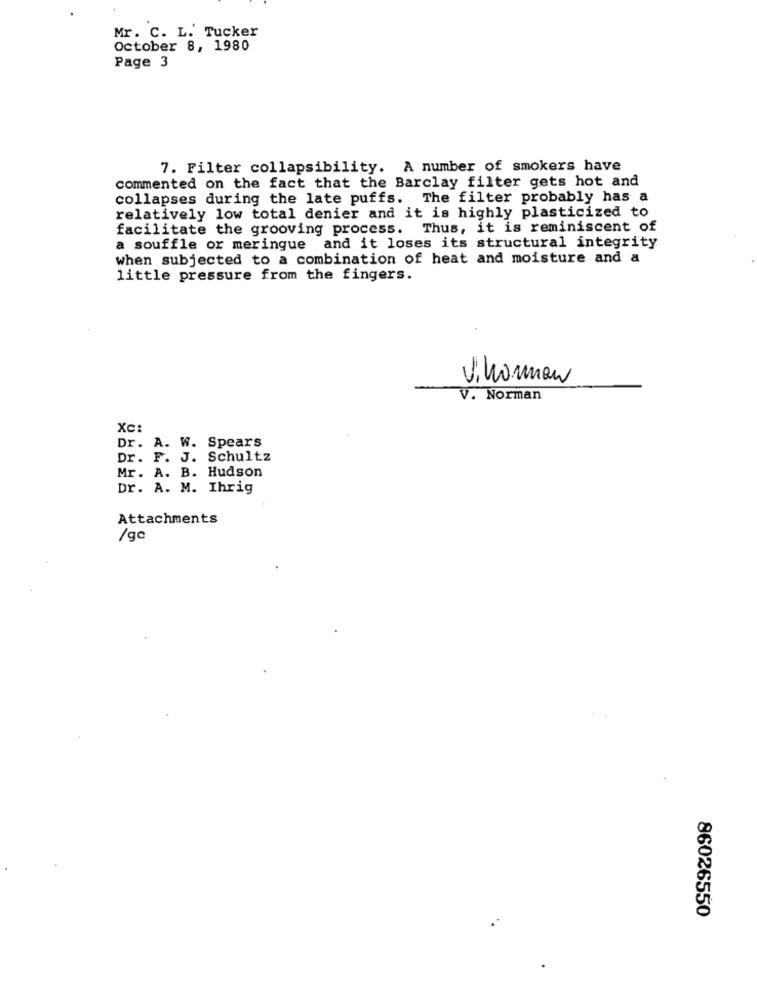
Mr. C. L. Tucker
October 8, 1980
Page 3
7. Filter collapsibility. A number of smokers have
commented on the fact that the Barclay filter gets hot and
collapses during the late puffs. The filter probably has a
relatively low total denier and it is highly plasticized to
facilitate the grooving process. Thus, it is reminiscent of
a souffle or meringue and it loses its structural integrity
when subjected to a combination of heat and moisture and a
little pressure from the fingers.
Vinorman
V. Norman
XC:
Dr. A. W. Spears
Dr. F. J. Schultz
Mr. A. B. Hudson
Dr. A. M. Ihrig
Attachments
/gc
86026550